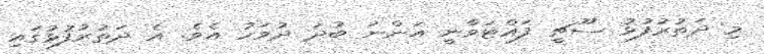
މި ދަތުރުފުޅު ސޫޗީ ފައްޓަވާނީ އަންނަ ބުދަ ދުވަހު އެވެ. އެ ދަތުރުފުޅުގައި